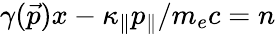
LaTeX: \gamma(\vec{p})x-\kappa_{\| }p_{\| }/m_{e}c=n